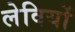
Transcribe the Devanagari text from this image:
लेवियों